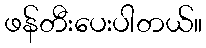
ဖန်တီးပေးပါတယ်။